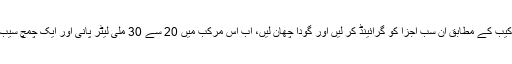
ملائکہ کی جانب سے شیئر کی گئی ترکیب کے مطابق ان سب اجزا کو گرائینڈ کر لیں اور گودا چھان لیں، اب اس مرکب میں 20 سے 30 ملی لیٹر پانی اور ایک چمچ سیب کا سرکہ ملا کر اسے نہار منہ پی لیں۔